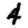
Digit: 4